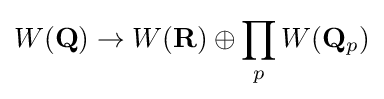
W(\mathbf {Q} )\rightarrow W(\mathbf {R} )\oplus \prod _{p}W(\mathbf {Q} _{p})